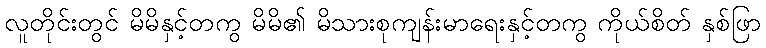
လူတိုင်းတွင် မိမိနှင့်တကွ မိမိ၏ မိသားစုကျန်းမာရေးနှင့်တကွ ကိုယ်စိတ် နှစ်ဖြာ